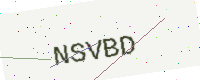
Text: NSVBD